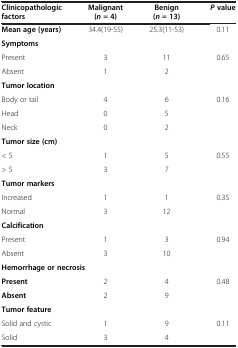
<table><thead><tr><td><b>Clinicopathologic factors</b></td><td><b>Malignant (<i>n </i>= 4)</b></td><td><b>Benign (<i>n </i>= 13)</b></td><td><b><i>P </i>value</b></td></tr></thead><tbody><tr><td><b>Mean age (years)</b></td><td>34.4(19-55)</td><td>25.3(11-53)</td><td>0.11</td></tr><tr><td colspan="4"><b>Symptoms</b></td></tr><tr><td>Present</td><td>3</td><td>11</td><td>0.65</td></tr><tr><td>Absent</td><td>1</td><td>2</td><td> </td></tr><tr><td colspan="4"><b>Tumor location</b></td></tr><tr><td>Body or tail</td><td>4</td><td>6</td><td>0.16</td></tr><tr><td>Head</td><td>0</td><td>5</td><td> </td></tr><tr><td>Neck</td><td>0</td><td>2</td><td> </td></tr><tr><td colspan="4"><b>Tumor size (cm)</b></td></tr><tr><td>&lt; 5</td><td>1</td><td>5</td><td>0.55</td></tr><tr><td>&gt; 5</td><td>3</td><td>7</td><td> </td></tr><tr><td colspan="4"><b>Tumor markers</b></td></tr><tr><td>Increased</td><td>1</td><td>1</td><td>0.35</td></tr><tr><td>Normal</td><td>3</td><td>12</td><td> </td></tr><tr><td colspan="4"><b>Calcification</b></td></tr><tr><td>Present</td><td>1</td><td>3</td><td>0.94</td></tr><tr><td>Absent</td><td>3</td><td>10</td><td> </td></tr><tr><td colspan="4"><b>Hemorrhage or necrosis</b></td></tr><tr><td><b>Present</b></td><td>2</td><td>4</td><td>0.48</td></tr><tr><td><b>Absent</b></td><td>2</td><td>9</td><td> </td></tr><tr><td colspan="4"><b>Tumor feature</b></td></tr><tr><td>Solid and cystic</td><td>1</td><td>9</td><td>0.11</td></tr><tr><td>Solid</td><td>3</td><td>4</td><td> </td></tr></tbody></table>